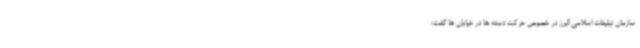
سازمان تبلیغات اسلامی البرز در خصوص حرکت دسته ها در خیابان ها گفت: